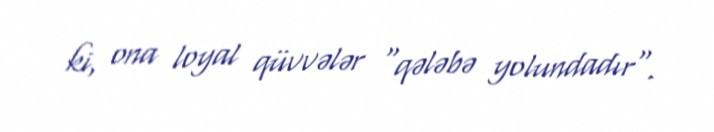
ki, ona loyal qüvvələr "qələbə yolundadır".